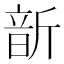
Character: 𩐙